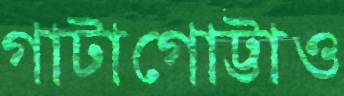
গাটাগোট্টাও